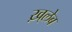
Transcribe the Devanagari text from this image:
ख़्लेब